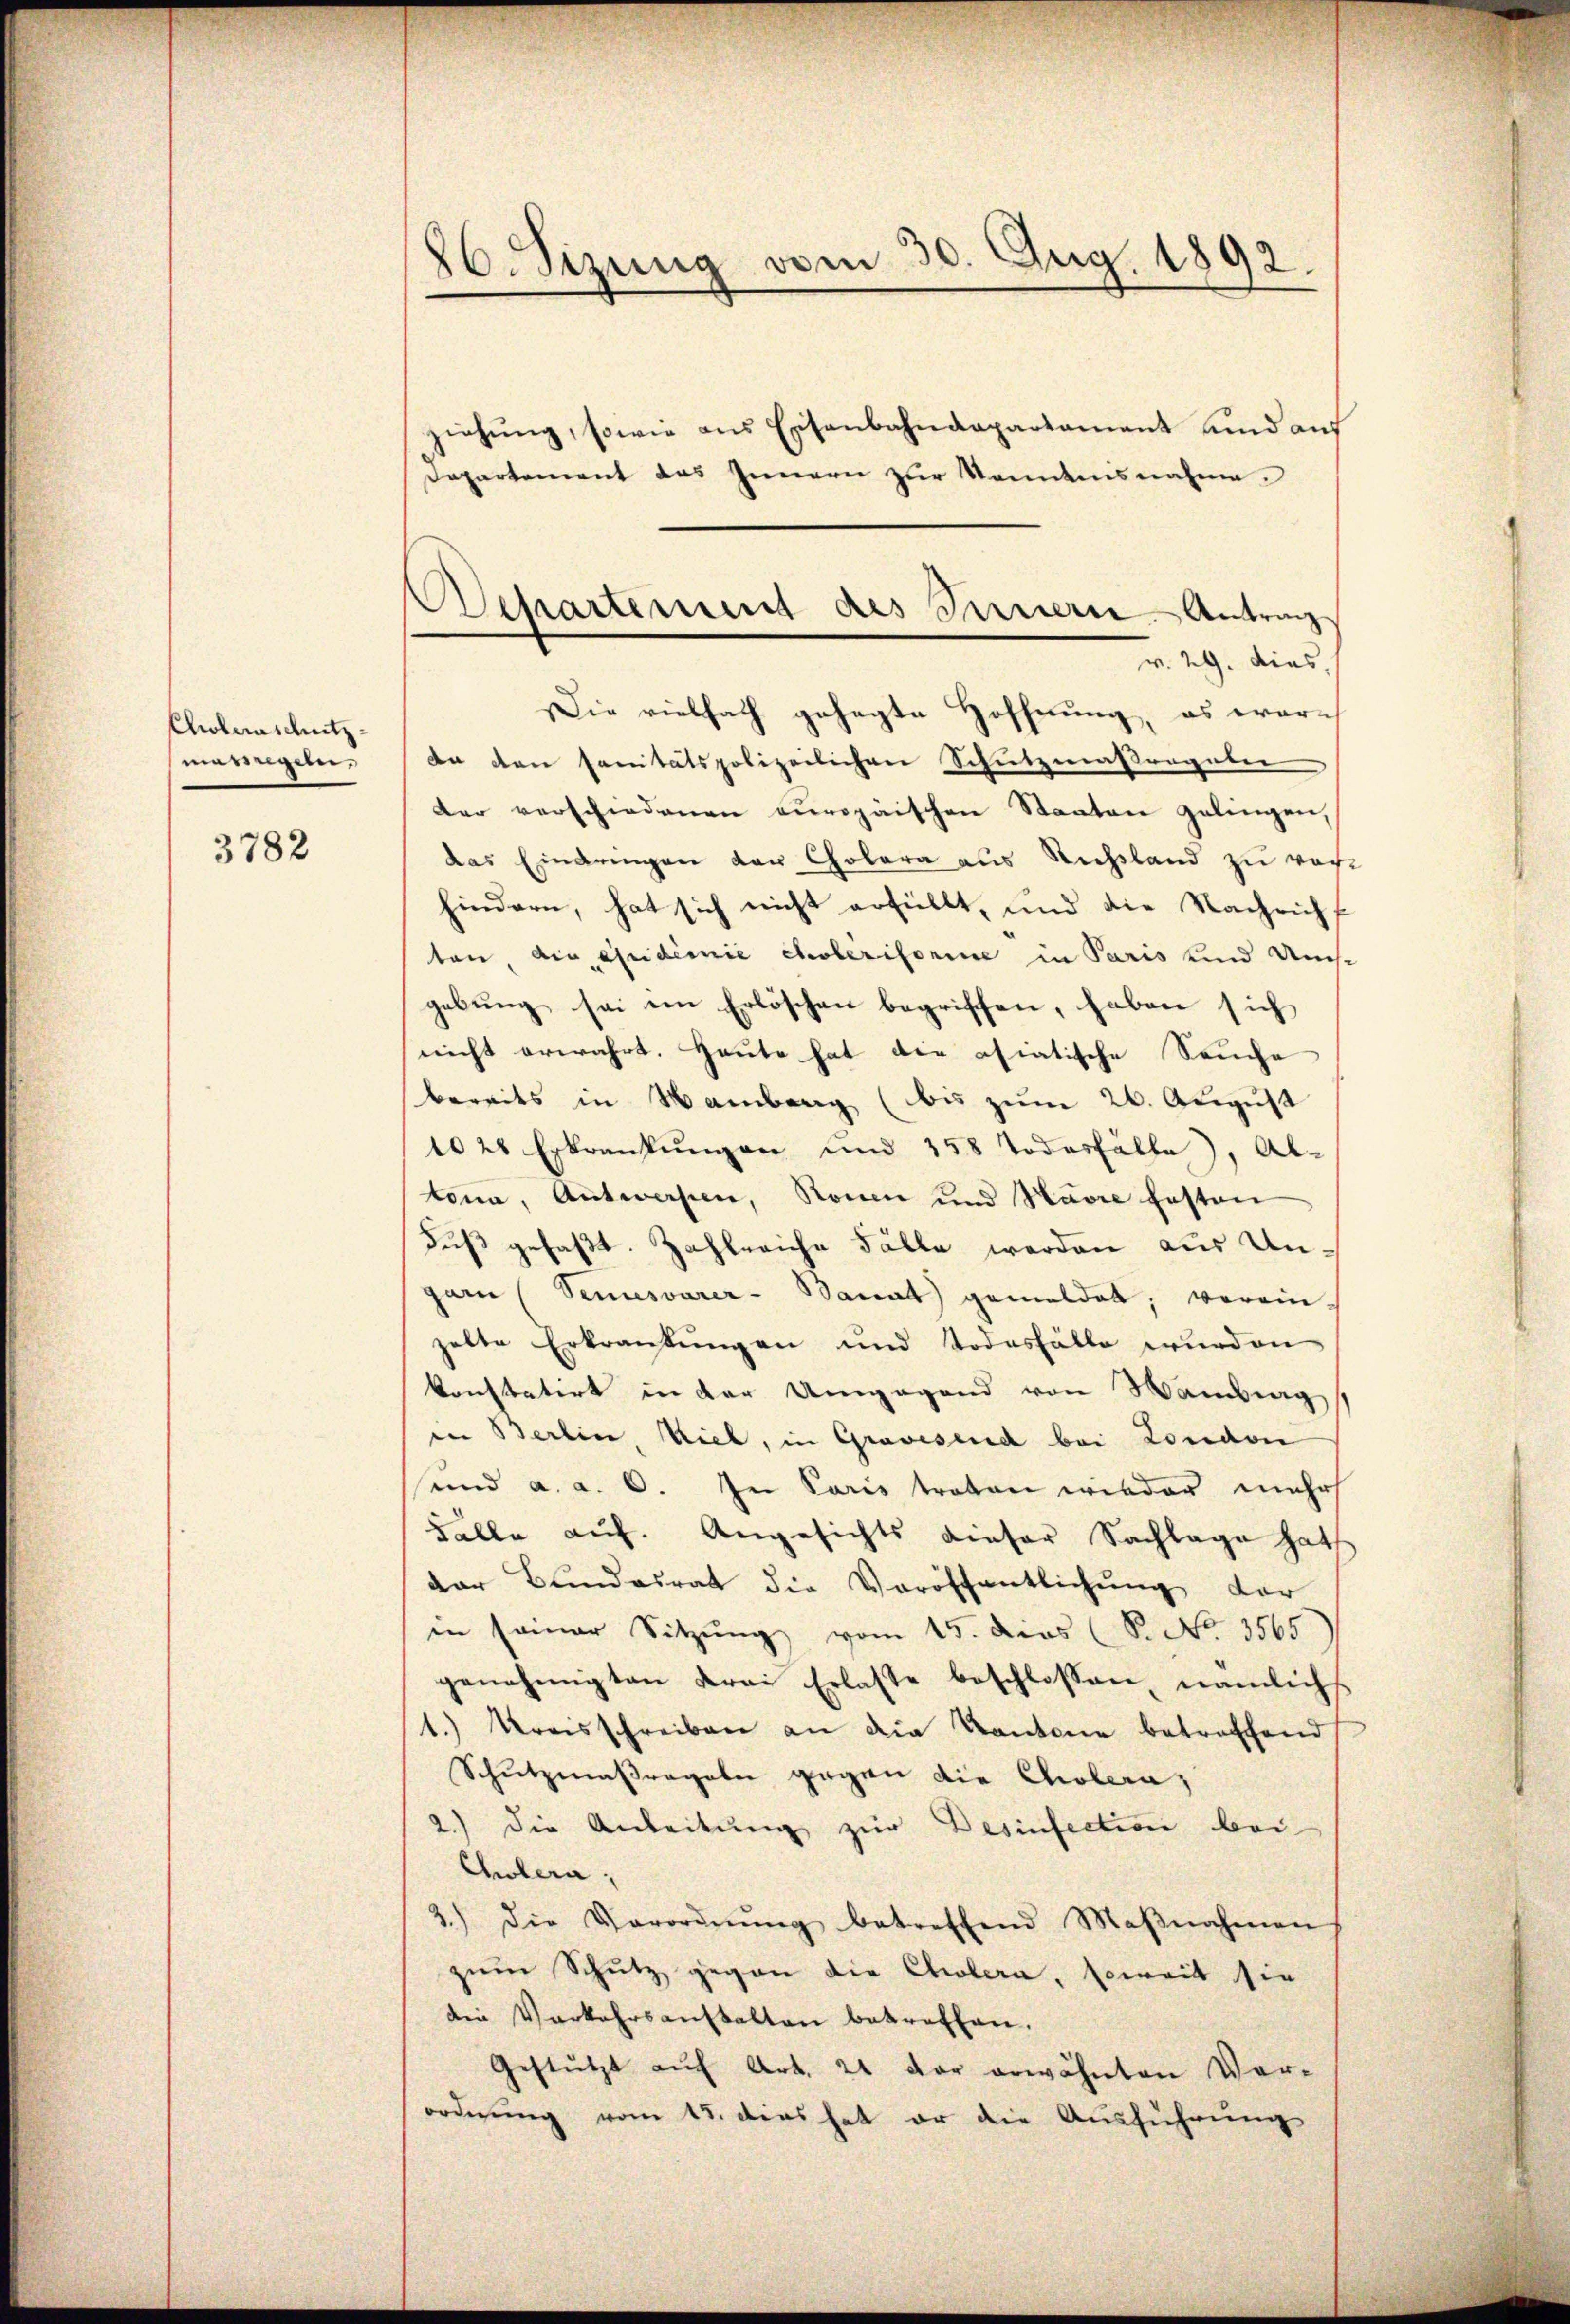
Choleraschutz-
meringeln,

3782

26. Sizung vom 30. Aug. 1892.

Departement des Innern Antrag
Die vielfach gesagte Hoffnung, es war¬

ziehung, sowie aus Eisenbahndepartament und auf
Departement das Innern zur Kenntnisnahme.
v. 29. dies,
An den sanitätspolizeilichen Schutzmaßregeben
der verschiedenen europäischen Staaten gelingen,
das Eindringen der Cholera aus Richtland zu vor
hindern, hat sich nicht erfüllt, und die Nachricht
ten die aquidemie Choleritorie in Paris und Umst
gebung sei ein Erlöschen begriffen, haben sich
nicht erwahrt. Heute hat die asiatische Seuche
bereits in Wamberg (bis zum 26. August
1028 Erkrankungen und 158 Todesfälle, Al-
tona, Antwerpen, Romen und Havre festen
duß gefaßt. Zahlreiche Fälle werden aus Ungarn (Semesvárer-Banat gemeldet, verein-
zelte Erkrankungen und Todesfälle wurden
konstatirt in der Umgegend von Wantrag
in Berlin, Viel, in Gravesend bei London
und a. a. O. In Paris traten wieder mehr
Fälle auf. Angesichts dieser Sachlage hat
der Bundesrat die Veröffentlichŭng der
in seiner Sitzung vom 15. Dies (S. No. 3565
genehmigten Frei Erlasse beschlossen nämlich
1.) Kreisschreiben an die Kantone betreffend
Schutzmaßregeln gegen die Cholera,
2.) Die Anleitung zur Desinfection bei
Cholera,
3.) Die Verordnŭng betreffend Maβnahmen
zum Schutz gegen die Cholera, soweit sie
die Verkehrsanstalten betreffen.
Gestützt aŭf Art. 21 der erwähnten Ver-
ordnung vom 15. dies hat er die Ausführung